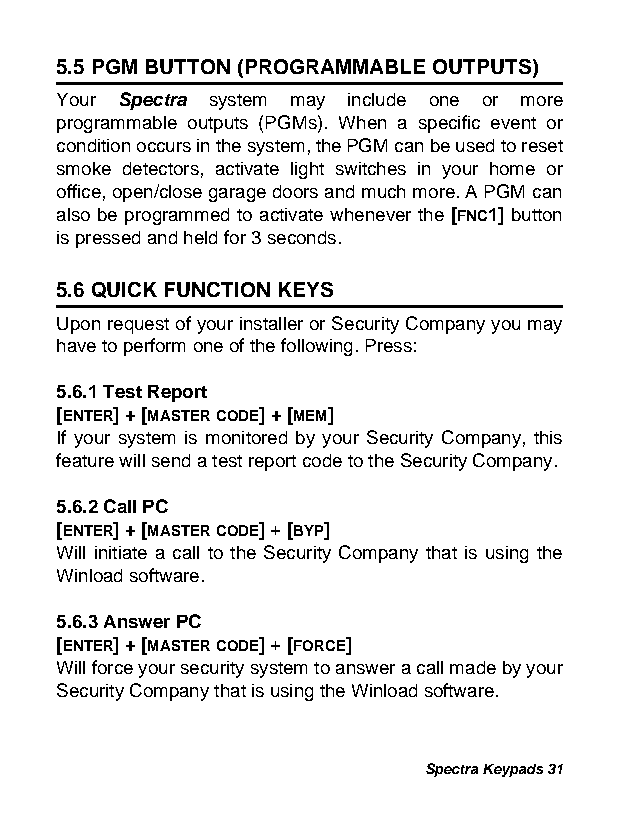
5.5 PGM BUTTON (PROGRAMMABLE OUTPUTS)
 Your Spectra system may include one or more
 programmable outputs (PGMs). When a specific event or
 condition occurs in the system, the PGM can be used to reset
 smoke detectors, activate light switches in your home or
 office, open/close garage doors and much more. A PGM can
 also be programmed to activate whenever the [FNC1] button
 is pressed and held for 3 seconds.
 5.6 QUICK FUNCTION KEYS
 Upon request of your installer or Security Company you may
 have to perform one of the following. Press:
 5.6.1 Test Report
 [ENTER] + [MASTER CODE] + [MEM]
 If your system is monitored by your Security Company, this
 feature will send a test report code to the Security Company.
 5.6.2 Call PC
 [ENTER] + [MASTER CODE] + [BYP]
 Will initiate a call to the Security Company that is using the
 Winload software.
 5.6.3 Answer PC
 [ENTER] + [MASTER CODE] + [FORCE]
 Will force your security system to answer a call made by your
 Security Company that is using the Winload software.
 Spectra Keypads 31